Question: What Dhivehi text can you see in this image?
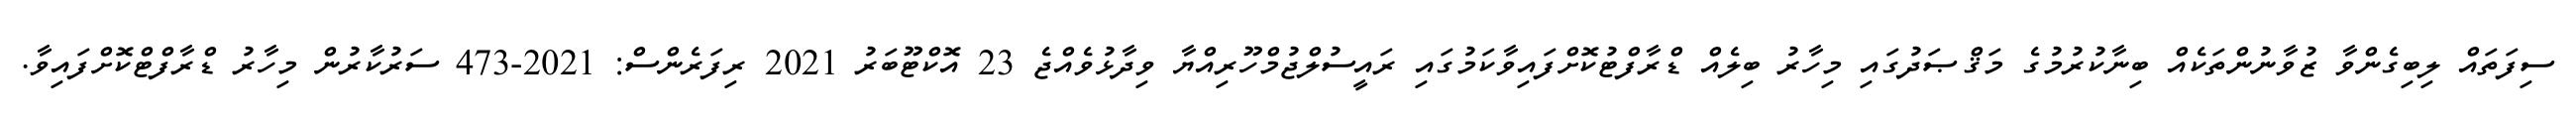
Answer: ސިފަތައް ލިބިގެންވާ ޒުވާނުންތަކެއް ބިނާކުރުމުގެ މަޤްޞަދުގައި މިހާރު ބިލެއް ޑްރާފްޓުކޮށްފައިވާކަމުގައި ރައީސުލްޖުމްހޫރިއްޔާ ވިދާޅުވެއްޖެ 23 އޮކްޓޫބަރު 2021 ރިފަރެންސް: 2021-473 ސަރުކާރުން މިހާރު ޑްރާފްޓްކޮށްފައިވާ.